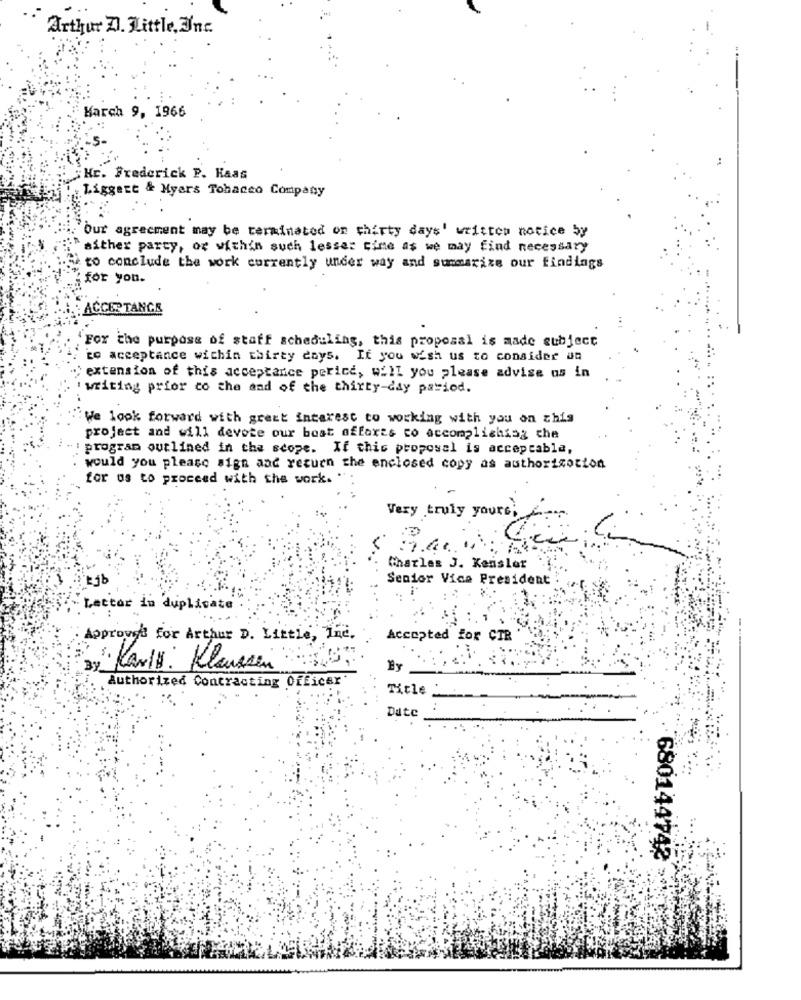
Arthur Z. Little, Une
Harch 9, 1966
"Hc. Frederick P. Kaas
Liggert & Myars Tobacco Company
Our agreement may be terminated on thirty days' written notice by
wither party, or within such lesser time as we may find necessary
to conclude the work currently under way and summarize our findings
for you.
ACCEPTANCE
For the purpose of staff scheduling, this proposal is made subject
to acceptance wichin thirty days. If you wish us to consider an
extension of this acceptance perice, will you please advise us in
: writing prior co che and of the thirty-day payiod.
We look forward with great interest to working with you on this
project and will devote our boat offerts co accomplishing che
program outlined in the scope. If this proposal is acceptabla,
would you please sign and recuen the enclosed copy as authorization
for us to proceed with the work.
Very truly yours
5.00. 0
Charles J. Kensler
Senior Vice President
Lector in duplicate
Approves for Arthur D. Little, Inc.
Accepted for CTR
3. Karls: Klassen
Authorized Contracting Officer'
Title
Date
680144742